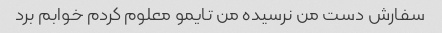
سفارش دست من نرسیده من تایمو معلوم کردم خوابم برد